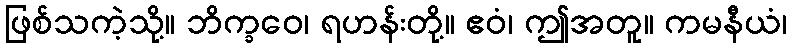
ဖြစ်သကဲ့သို့။ ဘိက္ခဝေ၊ ရဟန်းတို့။ ဧဝံ၊ ဤအတူ။ ကမနီယံ၊